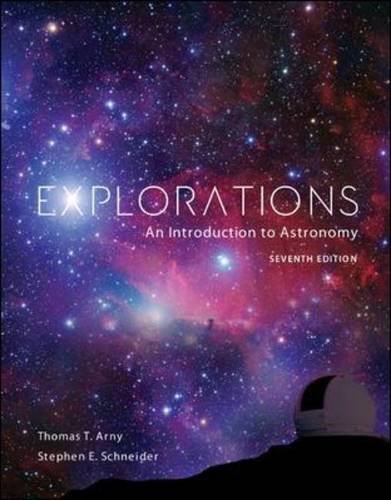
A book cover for Explorations: Introduction to Astronomy; Thomas Arny; Science & Math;